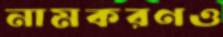
নামকরণও